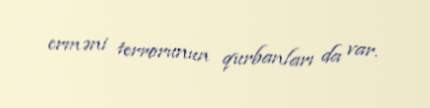
erməni terrorunun qurbanları da var.